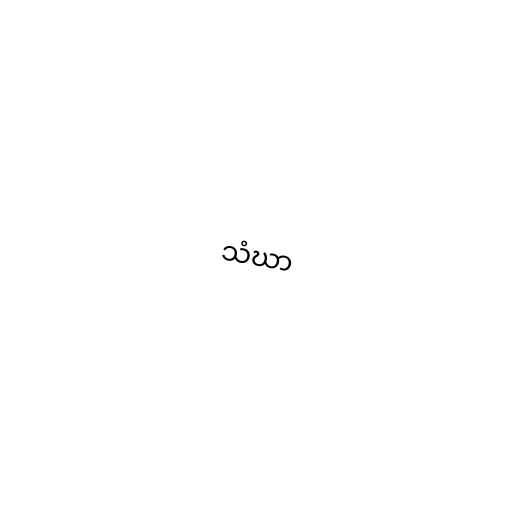
သံဃာ